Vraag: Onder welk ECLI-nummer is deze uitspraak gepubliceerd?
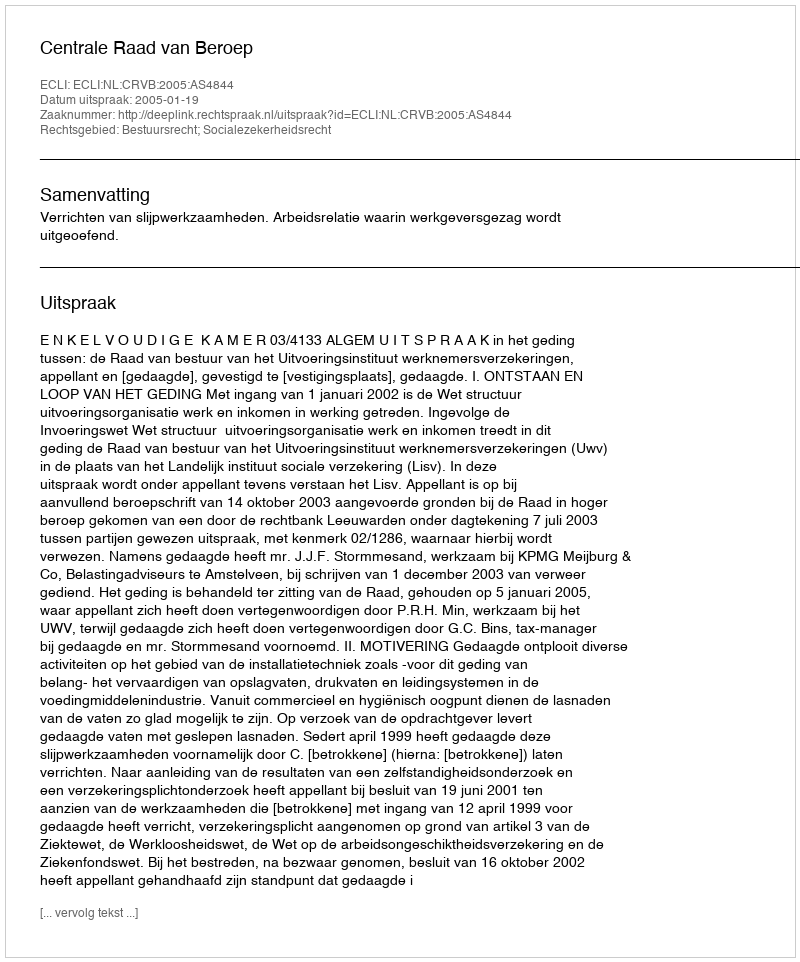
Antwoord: ECLI:NL:CRVB:2005:AS4844